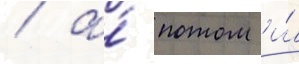
/ а́ потом и́